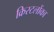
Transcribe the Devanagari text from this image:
क्रिस्टलोंका